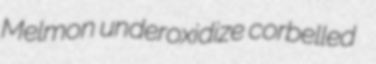
Melmon underoxidize corbelled